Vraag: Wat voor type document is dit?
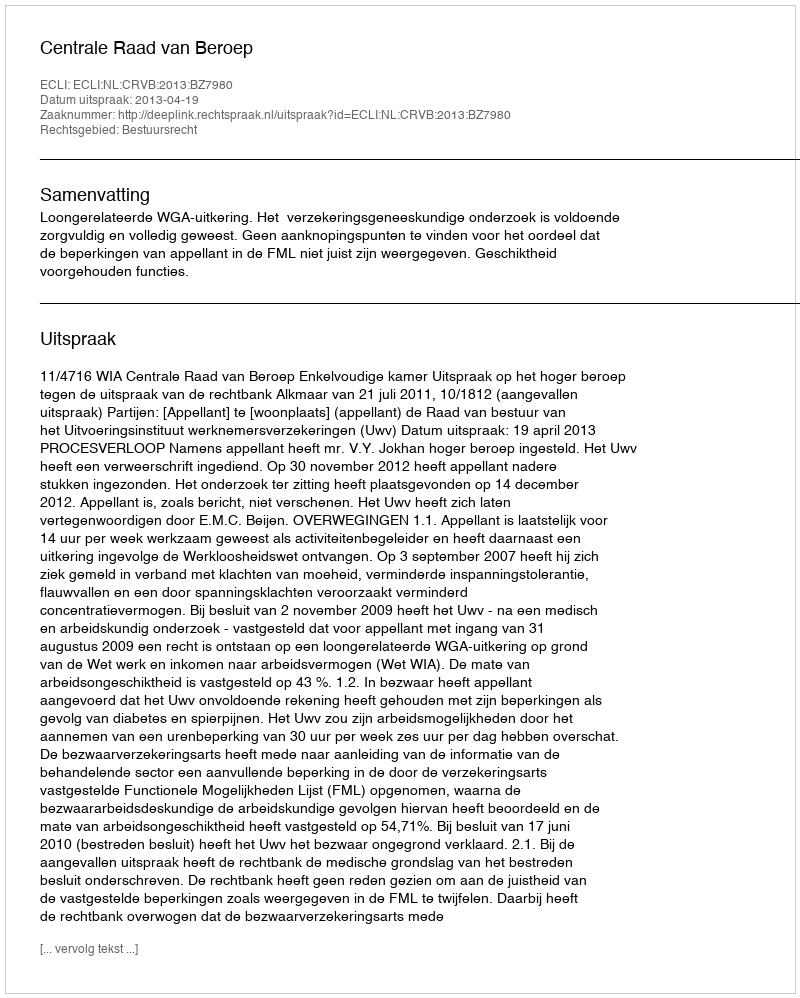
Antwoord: Uitspraak